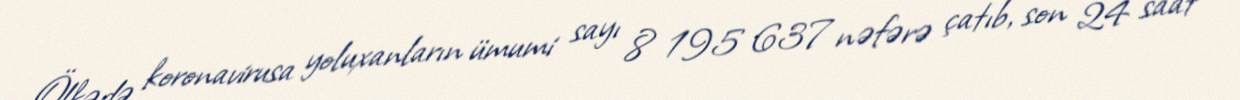
Ölkədə koronavirusa yoluxanların ümumi sayı 8 195 637 nəfərə çatıb, son 24 saat